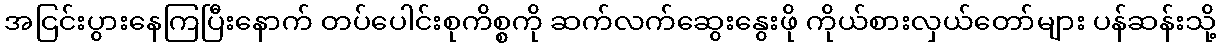
အငြင်းပွားနေကြပြီးနောက် တပ်ပေါင်းစုကိစ္စကို ဆက်လက်ဆွေးနွေးဖို ကိုယ်စားလှယ်တော်များ ပန်ဆန်းသို့